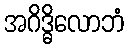
အဂိဒ္ဓိလောဘံ